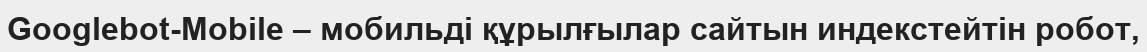
Googlebot-Mobile – мобильді құрылғылар сайтын индекстейтін робот,